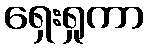
ရှေးရှုကာ